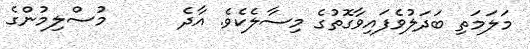
މަލަމަތި ބަދަލުވެފައިވާގޮތުގެ މިސާލެކެވެ. އާދެ      މުސްލިމުންގެ